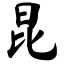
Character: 昆